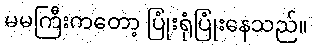
မမကြီးကတော့ ပြုံးရုံပြုံးနေသည်။